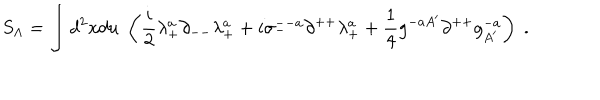
S _ { \Lambda } = \int d ^ { 2 } x d u \; \left( { \frac { i } { 2 } } \lambda _ { + } ^ { a } \partial _ { -- } \lambda _ { + } ^ { a } + i \sigma _ { - } ^ { -- a } \partial ^ { + + } \lambda _ { + } ^ { a } + { \frac { 1 } { 4 } } g ^ { - a A ^ { \prime } } \partial ^ { + + } g _ { A ^ { \prime } } ^ { - a } \right) \; .